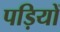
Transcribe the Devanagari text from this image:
पड़ियों